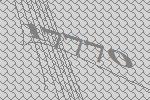
17770